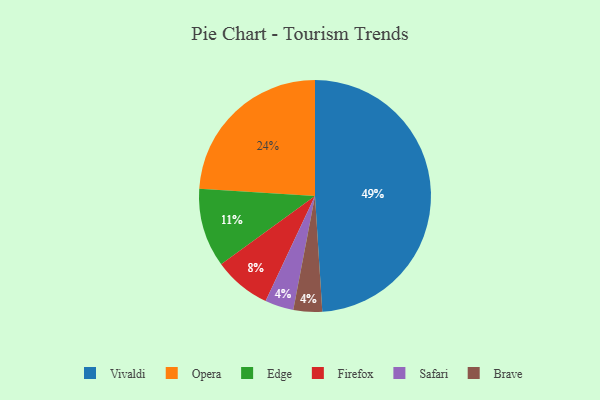
{"axis": {"x": "Category", "y": "Percentage"}, "legend": ["Brave", "Edge", "Firefox", "Opera", "Safari", "Vivaldi"], "data": [{"x": "Safari", "y": 4, "type": "Safari"}, {"x": "Opera", "y": 24, "type": "Opera"}, {"x": "Brave", "y": 4, "type": "Brave"}, {"x": "Vivaldi", "y": 49, "type": "Vivaldi"}, {"x": "Firefox", "y": 8, "type": "Firefox"}, {"x": "Edge", "y": 11, "type": "Edge"}]}